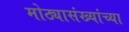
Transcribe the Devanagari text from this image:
मोठ्यासंख्यांच्या